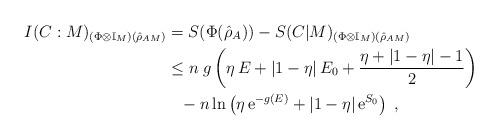
LaTeX: \begin{align*}I(C:M)_{(\Phi\otimes\mathbb{I}_M)(\hat{\rho}_{AM})} &= S(\Phi(\hat{\rho}_A)) - S(C|M)_{(\Phi\otimes\mathbb{I}_M)(\hat{\rho}_{AM})}\\&\le n\;g\left(\eta\,E + |1-\eta|\,E_0 + \frac{\eta+|1-\eta|-1}{2}\right)\\&\phantom{\le} - n\ln\left(\eta\,\mathrm{e}^{-g(E)}+ \left|1-\eta\right| \mathrm{e}^{S_0}\right)\;,\end{align*}